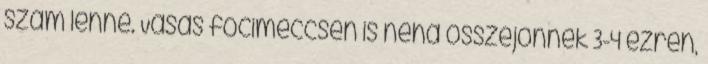
szám lenne. Vasas focimeccsen is néha összejönnek 3-4 ezren,